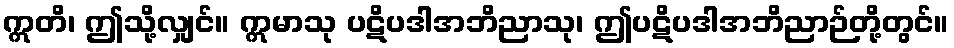
ဣတိ၊ ဤသို့လျှင်။ ဣမာသု ပဋိပဒါအဘိညာသု၊ ဤပဋိပဒါအဘိညာဉ်တို့တွင်။